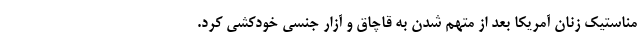
مناستیک زنان آمریکا بعد از متهم شدن به قاچاق و آزار جنسی خودکشی کرد.